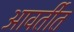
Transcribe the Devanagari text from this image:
आवर्तीत